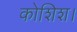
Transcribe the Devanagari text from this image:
कोशिश।